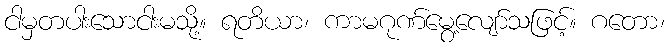
ငါမှတပါးသောငါးမသို့။ ရတိယာ၊ ကာမဂုဏ်မွေ့လျော်သဖြင့်။ ဂတော၊